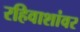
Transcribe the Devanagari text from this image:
रहिवाशांवर